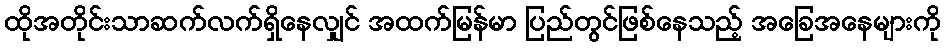
ထိုအတိုင်းသာဆက်လက်ရှိနေလျှင် အထက်မြန်မာ ပြည်တွင်ဖြစ်နေသည့် အခြေအနေများကို